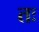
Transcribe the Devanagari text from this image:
तः